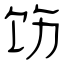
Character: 饬